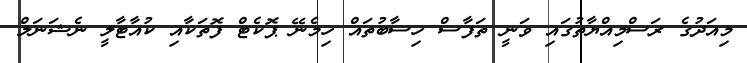
މިއަދުގެ ރަސްމިއްޔާތުގައި ވަނީ ތަފާސް ހިސާބުތައް ހިމެނޭ ޕޮކެޓް ފޮތަކާއި ކުއާޓާލީ ނެޝަނަލް